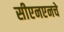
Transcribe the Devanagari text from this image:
सीएनएनचे